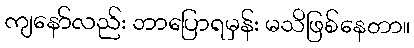
ကျနော်လည်း ဘာပြောရမှန်း မသိဖြစ်နေတာ။